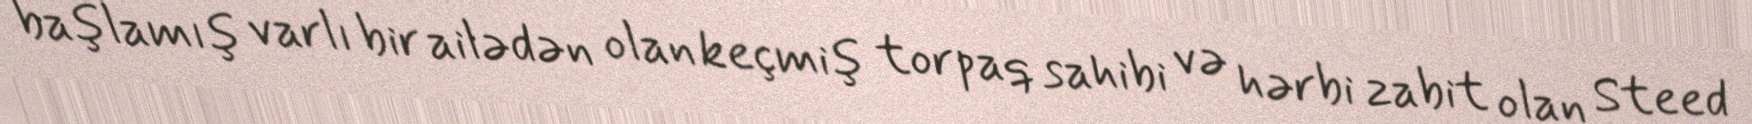
başlamış varlı bir ailədən olan keçmiş torpaq sahibi və hərbi zabit olan Steed